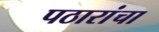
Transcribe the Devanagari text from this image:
पठारांचा